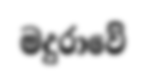
මදුරාවේ